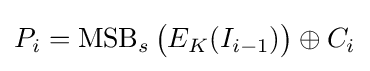
P_{i}=\operatorname {MSB} _{s}{\big (}E_{K}(I_{i-1}){\big )}\oplus C_{i}